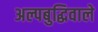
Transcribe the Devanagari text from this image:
अल्पबुद्धिवाले